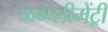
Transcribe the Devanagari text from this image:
कम्प्लीमेंट्री